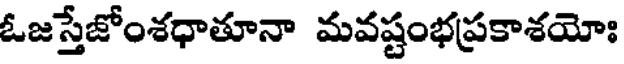
ఓజస్తేజోంశధాతూనా మవష్టంభప్రకాశయోః